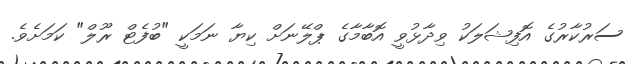
ސަރުކާރުގެ އޮފިޝަލަކު ވިދާޅުވީ އޮބާމާގެ ޕްލޭނަށް ކިޔާ ނަމަކީ "ބުފެޓް ރޫލް" ކަމަށެވެ.